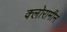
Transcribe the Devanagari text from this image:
क्लोरामीन